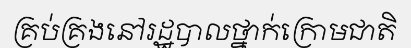
គ្រប់គ្រងនៅរដ្ឋបាលថ្នាក់ក្រោមជាតិ